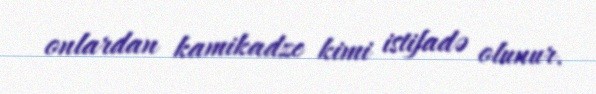
onlardan kamikadze kimi istifadə olunur.